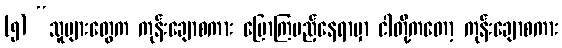
(၅) “သူများတွေက ကုန်းချောစကား ပြောကြမည့်နေရာမှာ ငါတို့ကတော့ ကုန်းချောစကား